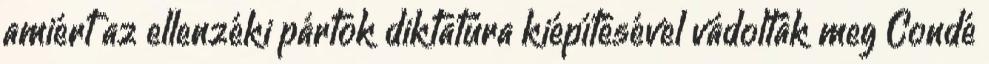
amiért az ellenzéki pártok diktatúra kiépítésével vádolták meg Condé